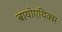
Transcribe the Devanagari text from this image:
बायोएथिक्स